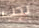
يجب